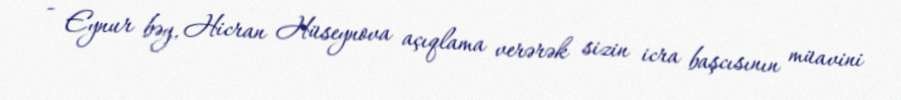
- Eynur bəy, Hicran Hüseynova açıqlama verərək sizin icra başcısının müavini